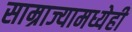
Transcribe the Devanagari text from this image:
साम्राज्यामध्येही